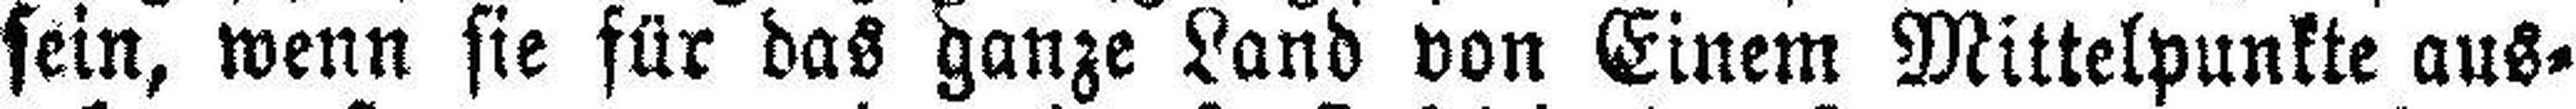
sein, wenn sie für das ganze Land von Einem Mittelpunkte aus¬